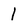
Character: 1